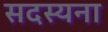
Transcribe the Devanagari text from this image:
सदस्यना